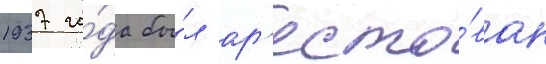
1937 го́да бы́л ар'есто́ван